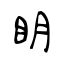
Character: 眀